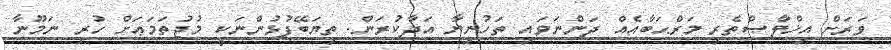
ވަރަށް އިޚްލާޞްތެރި މަރްޙަބާއެއް ދަންނަވައި ތަހުނިޔާ އަދާކުރަން. ތިޔަބޭފުޅުންނަކީ މުޖުތަމަޢަށް ހުރި ނަމޫނާ